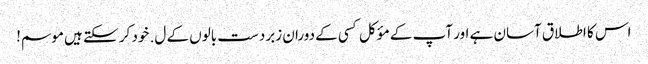
اس کا اطلاق آسان ہے اور آپ کے مؤکل کسی کے دوران زبردست بالوں کے ل. خود کر سکتے ہیں موسم!